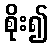
စိုး၍